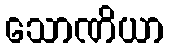
သောဏိယာ